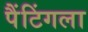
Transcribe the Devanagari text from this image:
पैंटिंगला